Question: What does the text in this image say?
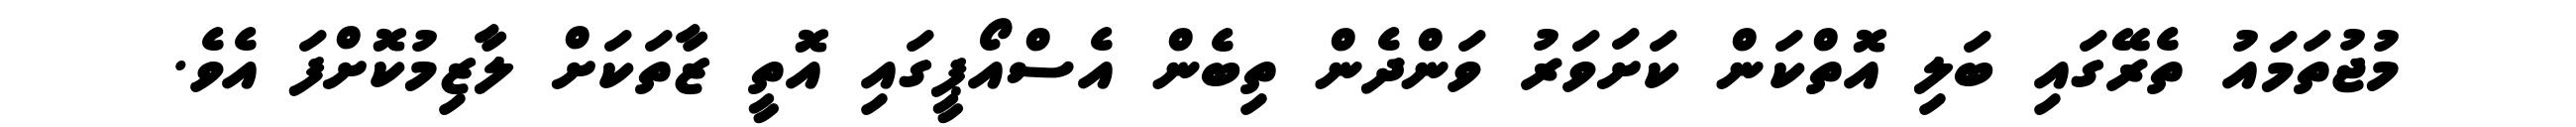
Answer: މުޖުތަމައު ތެރޭގައި ބަލި އޮތްކަން ކަށަވަރު ވަންދެން ތިބެން އެސްއޯޕީގައި އޮތީ ޒާތަކަށް ލާޒިމުކޮށްފަ އެވެ.